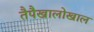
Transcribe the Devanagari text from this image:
तैपैखालोखाल